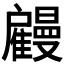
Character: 𢩤